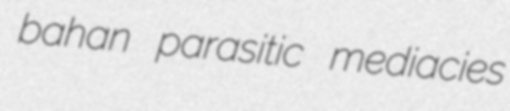
bahan parasitic mediacies